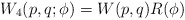
\begin{align*}W_4(p, q; \phi) = W(p, q) R(\phi)\end{align*}